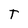
Character: T